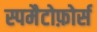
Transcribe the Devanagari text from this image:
स्पमैटोफ़ोर्स